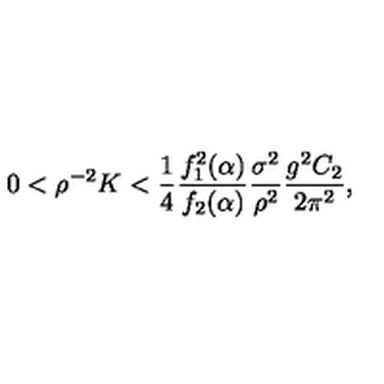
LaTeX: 0 < \rho ^ { - 2 } K < { \frac { 1 } { 4 } } { \frac { f _ { 1 } ^ { 2 } ( \alpha ) } { f _ { 2 } ( \alpha ) } } { \frac { \sigma ^ { 2 } } { \rho ^ { 2 } } } { \frac { g ^ { 2 } C _ { 2 } } { 2 \pi ^ { 2 } } } ,